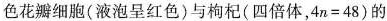
色花瓣细胞(液泡呈红色)与枸杞(四倍体，$$4 n = 4 8$$ )的